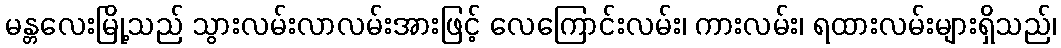
မန္တလေးမြို့သည် သွားလမ်းလာလမ်းအားဖြင့် လေကြောင်းလမ်း၊ ကားလမ်း၊ ရထားလမ်းများရှိသည်၊